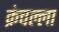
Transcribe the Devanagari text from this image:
क्रंचल्ला